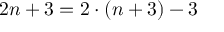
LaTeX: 2 n + 3 = 2 \cdot ( n + 3 ) - 3